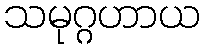
သမုဂ္ဂဟာယ